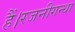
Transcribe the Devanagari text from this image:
हैं।रजनीगन्धा